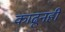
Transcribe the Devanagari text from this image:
काढूनही